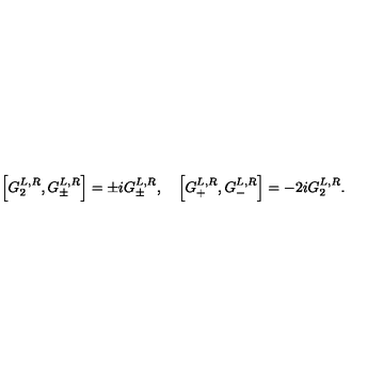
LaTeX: \left[ G _ { 2 } ^ { L , R } , G _ { \pm } ^ { L , R } \right] = \pm i G _ { \pm } ^ { L , R } , \quad \left[ G _ { + } ^ { L , R } , G _ { - } ^ { L , R } \right] = - 2 i G _ { 2 } ^ { L , R } .